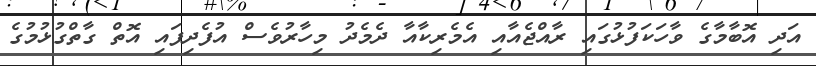
އަދި އޮބާމާގެ ވާހަކަފުޅުގައި ރާއްޖެއާއި އެމެރިކާއާ ދެމެދު މިހާރުވެސް އުފެދިފައި އޮތް ގާތްގުޅުމުގެ